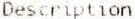
DESCRIPTION